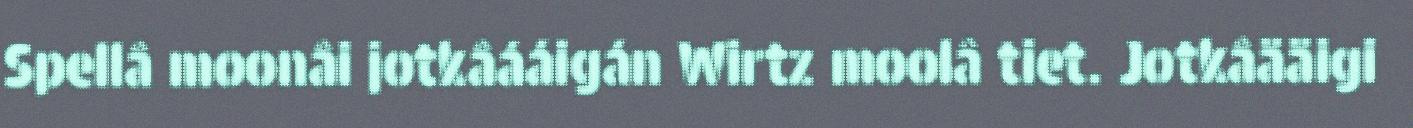
Spellâ moonâi jotkâááigán Wirtz moolâ tiet. Jotkâääigi